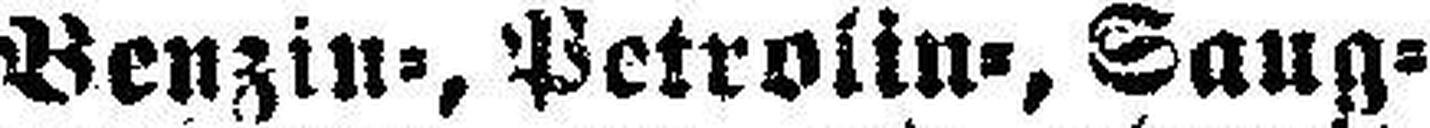
Benzin=, Petrolin=, Saug¬